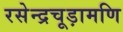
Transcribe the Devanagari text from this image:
रसेन्द्रचूड़ामणि